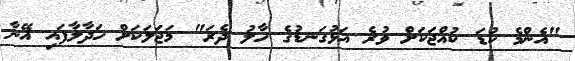
"އެންމެ ކުޑަ ކުއްޖަކަށް ވުރެ އަޅުގަނޑުގެ ހާލު ދެރަ" މަޖަލަކަށް ހަދާލާފައި އޭނާ